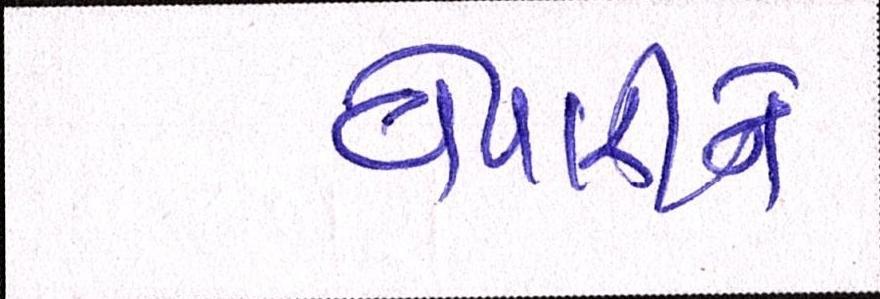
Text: વેપારીને